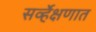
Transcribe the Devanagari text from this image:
सर्व्हेक्षणात